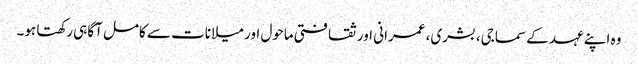
وہ اپنے عہد کے سماجی، بشری، عمرانی اور ثقافتی ماحول اور میلانات سے کامل آگاہی رکھتا ہو۔